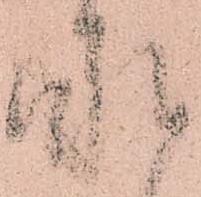
承